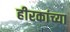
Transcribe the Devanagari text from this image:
हीरकांच्या